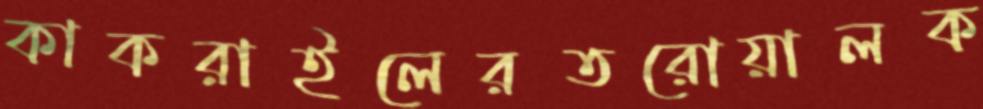
কাকরাইলেরতরোয়ালক